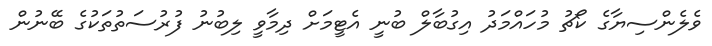
ވެލެންސިޔާގެ ކޯޗު މުހައްމަދު އިގުބާލް ބުނީ އެޓީމަށް ދިމާވީ ލިބުނު ފުރުސަތުތަކުގެ ބޭނުން